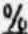
%